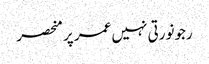
رجونورتی نہیں عمر پر منحصر